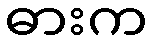
ဓားက